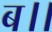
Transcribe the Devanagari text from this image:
ब।।